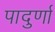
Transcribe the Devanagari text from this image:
पादुर्णा